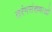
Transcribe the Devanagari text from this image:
तरंगसंख्याओं